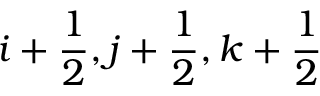
i + \frac { 1 } { 2 } , j + \frac { 1 } { 2 } , k + \frac { 1 } { 2 }